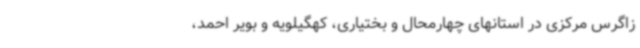
زاگرس مرکزی در استانهای چهارمحال و بختیاری، کهگیلویه و بویر احمد،